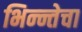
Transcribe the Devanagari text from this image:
भिन्न्तेचा